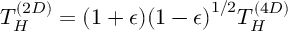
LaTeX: T _ { H } ^ { ( 2 D ) } = ( 1 + \epsilon ) { ( 1 - \epsilon ) } ^ { 1 / 2 } T _ { H } ^ { ( 4 D ) }